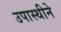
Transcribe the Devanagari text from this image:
उपास्थीने